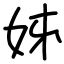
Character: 姊